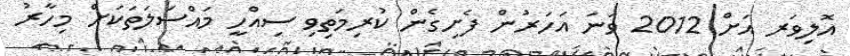
އޮލިވަރ އަށް 2012 ވަނަ އަހަރުން ފެށިގެން ކުރިމަތިވި ސިއްހީ މައްސަލަތަކަށް މިހާރު